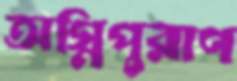
অগ্নিপুরাণ